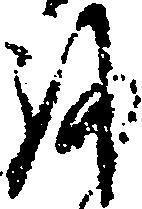
を